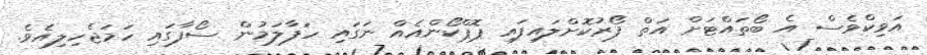
އަވިކްވެސް އެ ބޯތައްޓަށް އަތް ފޯރުކޮށްލައިފައި ޕޮޕްކޯންއެއް ނަގައި ހަފާލަމުން ސޯފާގައި ހަމަޖެހިލިއެވެ.